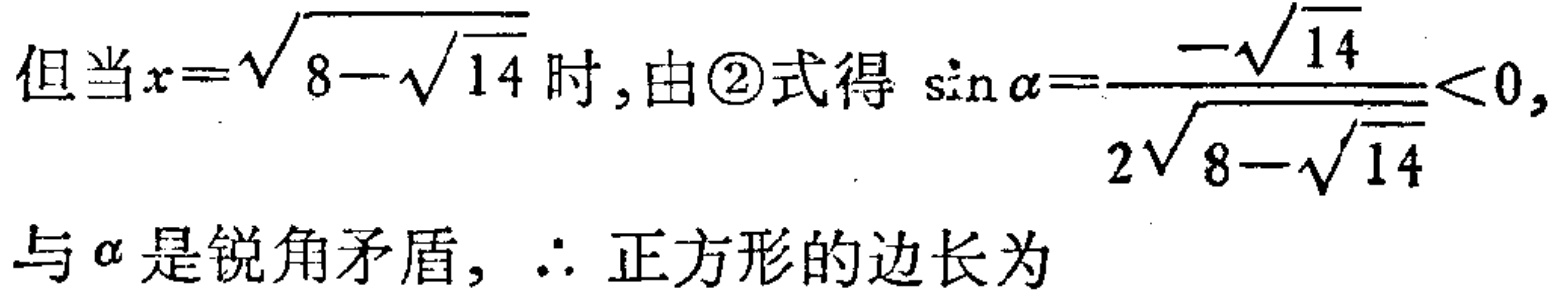
但当\(x = \sqrt{8 - \sqrt{14}}\)时, 由\textcircled{2}式得 \(\sin\alpha=\frac{-\sqrt{14}}{2\sqrt{8 - \sqrt{14}}}<0,\)
与\(\alpha\)是锐角矛盾, \(\therefore\) 正方形的边长为